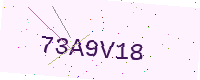
Text: 73A9V18